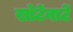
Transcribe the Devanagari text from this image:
खोटेंनाटें